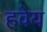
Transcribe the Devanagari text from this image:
हवेय